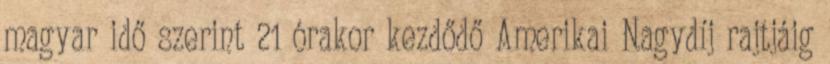
magyar idő szerint 21 órakor kezdődő Amerikai Nagydíj rajtjáig